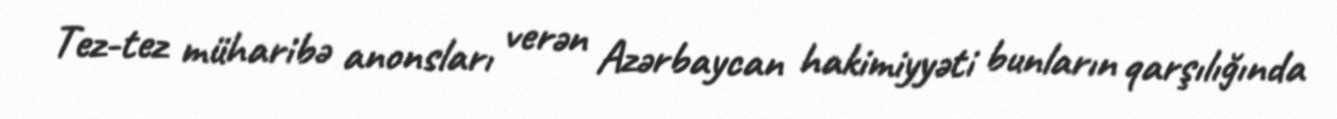
Tez-tez müharibə anonsları verən Azərbaycan hakimiyyəti bunların qarşılığında